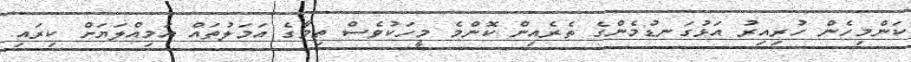
ކަންމިހެން ހުރިއިރު އަޅުގަނޑުމެންގެ ތެރެއިން ކޮންމެ މީހަކުވެސް ތިމާގެ އަމަލުތައް އަމިއްލަޔަށް ކިރައި